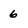
Character: 6